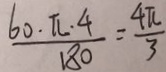
\frac { 6 0 \cdot \pi \cdot 4 } { 1 8 0 } = \frac { 4 \pi } { 3 }